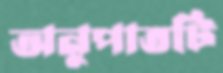
অনুপাতটি